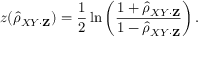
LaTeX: z ( { \hat { \rho } } _ { X Y \cdot \mathbf { Z } } ) = { \frac { 1 } { 2 } } \ln \left( { \frac { 1 + { \hat { \rho } } _ { X Y \cdot \mathbf { Z } } } { 1 - { \hat { \rho } } _ { X Y \cdot \mathbf { Z } } } } \right) .